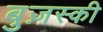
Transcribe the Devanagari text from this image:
बुज़स्की